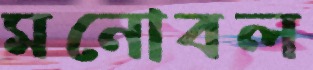
মনোবল